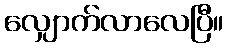
လျှောက်လာလေပြီ။